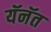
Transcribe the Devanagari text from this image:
यॅनॅत